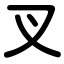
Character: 叉